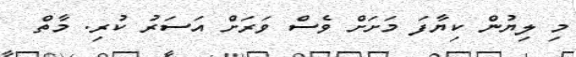
މި ލިޔުން ކިޔާފަ މަށަށް ވެސް ވަރަށް އަސަރު ކުރި. މާތް